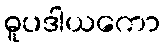
ဓူပဒါယကော